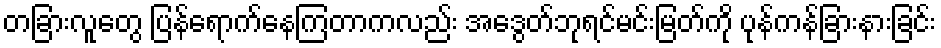
တခြားလူတွေ ပြန်ရောက်နေကြတာကလည်း အေဒွတ်ဘုရင်မင်းမြတ်ကို ပုန်ကန်ခြားနားခြင်း